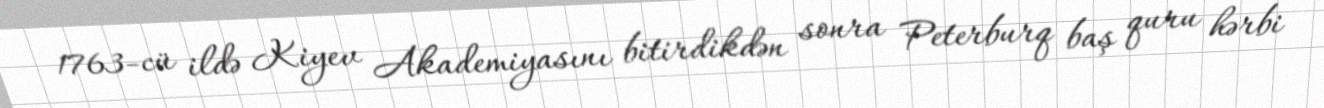
1763-cü ildə Kiyev Akademiyasını bitirdikdən sonra Peterburq baş quru hərbi